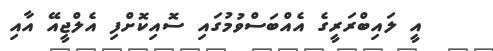
އީ ލައިބްރަރީގެ އެއްބަސްވުމުގައި ސޮއިކޮށްފި އެލްޖީއޭ އާއި